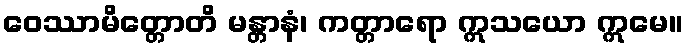
ဝေဿာမိတ္တောတိ မန္တာနံ၊ ကတ္တာရော ဣသယော ဣမေ။